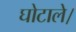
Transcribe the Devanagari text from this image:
घोटाले।